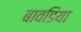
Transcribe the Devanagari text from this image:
बावडिया